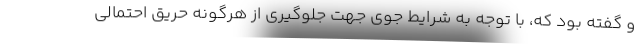
و گفته بود که، با توجه به شرایط جوی جهت جلوگیری از هرگونه حریق احتمالی